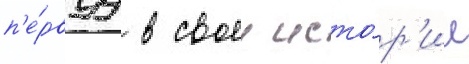
п'е́рвуу в своеи исто́р'ии